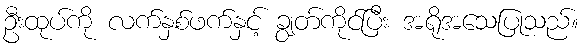
ဦးထုပ်ကို လက်နှစ်ဖက်နှင့် ချွတ်ကိုင်ပြီး အရိုအသေပြုသည်။